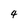
Character: 4